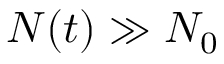
N ( t ) \gg N _ { 0 }